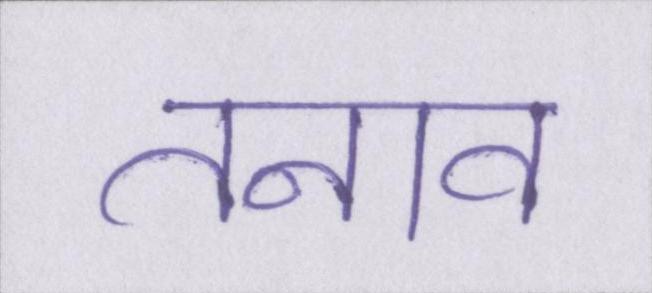
तनाव